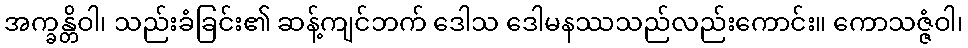
အက္ခန္တိဝါ၊ သည်းခံခြင်း၏ ဆန့်ကျင်ဘက် ဒေါသ ဒေါမနဿသည်လည်းကောင်း။ ကောသဇ္ဇံဝါ၊